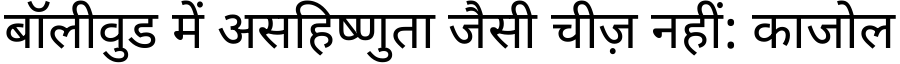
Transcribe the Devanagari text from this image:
बॉलीवुड में असहिष्णुता जैसी चीज़ नहीं: काजोल